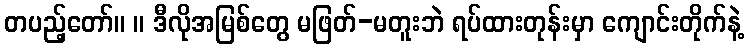
တပည့်တော်။ ။ ဒီလိုအမြစ်တွေ မဖြတ်-မတူးဘဲ ရပ်ထားတုန်းမှာ ကျောင်းတိုက်နဲ့